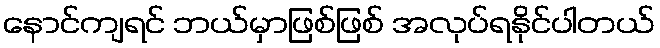
နောင်ကျရင် ဘယ်မှာဖြစ်ဖြစ် အလုပ်ရနိုင်ပါတယ်